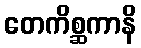
တေကိစ္ဆကာနိ